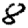
Digit: 8